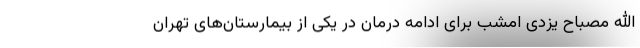
الله مصباح یزدی امشب برای ادامه درمان در یکی از بیمارستان‌های تهران